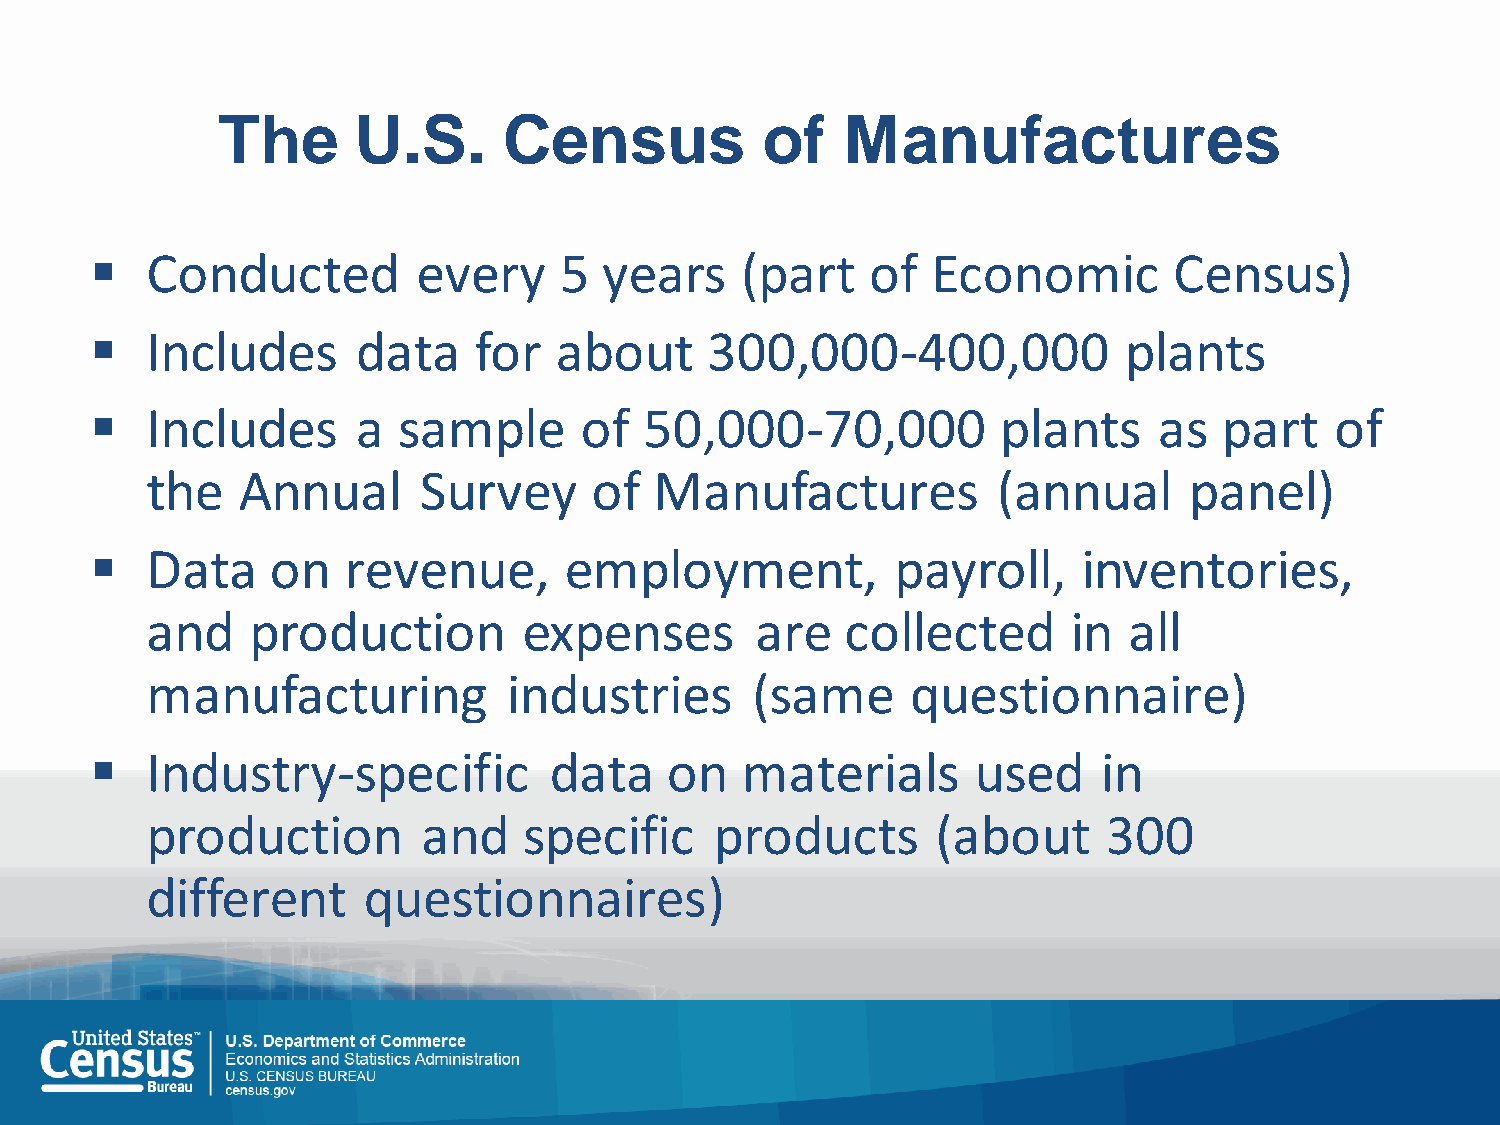
The      U.S.      Census           of    Manufactures
    Conducted         every    5  years    (part    of  Economic        Census)
    Includes      data   for   about     300,000-400,000            plants
    Includes      a sample      of   50,000-70,000          plants     as  part   of
 the   Annual      Survey     of  Manufactures           (annual      panel)
    Data    on   revenue,      employment,           payroll,     inventories,
 and    production        expenses       are   collected      in  all
 manufacturing           industries      (same     questionnaire)
    Industry-specific         data    on   materials       used    in
 production        and    specific    products       (about     300
 different     questionnaires)